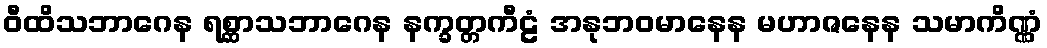
ဝီထိသဘာဂေန ရစ္ဆာသဘာဂေန နက္ခတ္တကီဠံ အနုဘဝမာနေန မဟာဇနေန သမာကိဏ္ဏံ